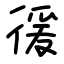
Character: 㣪